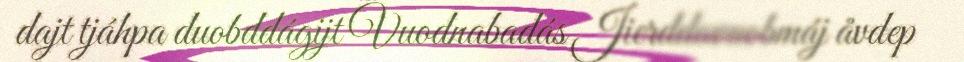
dajt tjáhpa duobddágijt Vuodnabadás Jierddavuobmáj åvdep